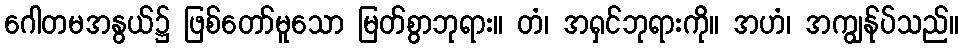
ဂေါတမအနွယ်၌ ဖြစ်တော်မူသော မြတ်စွာဘုရား။ တံ၊ အရှင်ဘုရားကို။ အဟံ၊ အကျွန်ုပ်သည်။